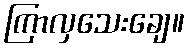
ကြာလှသေးချေ။